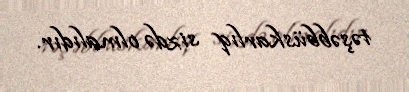
təşəbbüskarlıq sizdə olmalıdır.